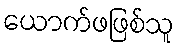
ယောက်ဖဖြစ်သူ